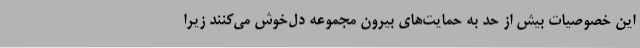
این خصوصیات بیش از حد به حمایت‌های بیرون مجموعه دل‌خوش می‌کنند زیرا